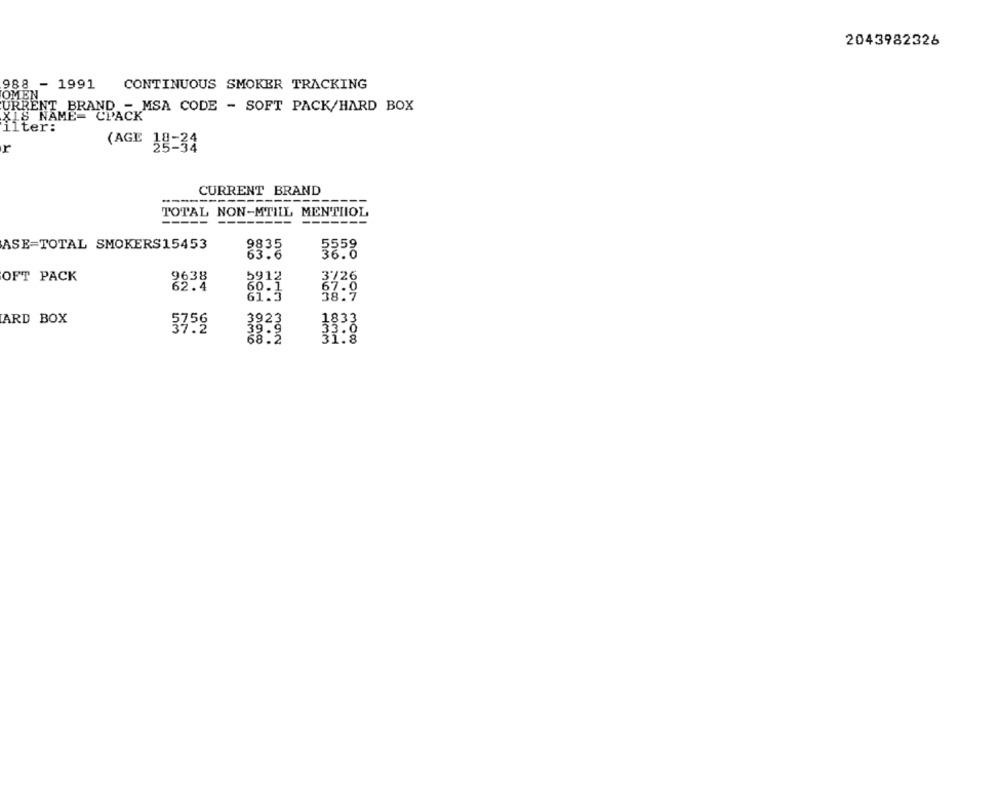
2043982326
988 - 1991
CONTINUOUS SMOKER TRACKING
URRENT BRAND - MSA CODE - SOFT PACK/HARD BOX
X18 NAME= C
ilter:
r
(AGE 18-34
CURRENT BRAND
-----
TOTAL NON-MTILL MENTIIOL
----
ASE=TOTAL SMOKERS15453
9835
5559
63.6
36.0
OFT PACK
9638
62.4
ARD BOX
38
5756
HMM
commi
mon